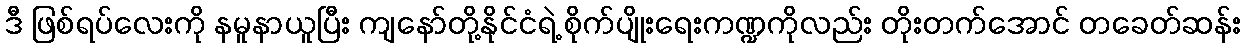
ဒီ ဖြစ်ရပ်လေးကို နမူနာယူပြီး ကျနော်တို့နိုင်ငံရဲ့ စိုက်ပျိုးရေးကဏ္ဍကိုလည်း တိုးတက်အောင် တခေတ်ဆန်း